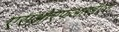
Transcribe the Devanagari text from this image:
एसओएफआरईएस